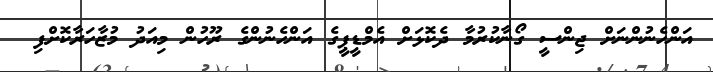
އަންހެނުންނަށް ޖިންސީ ގޯނާކުރުމާ ދެކޮޅަށް އެމްޑީޕީގެ އަންހެނުންގެ ރޫހުން މިއަދު މުޒާހަރާކޮށްފި